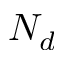
N _ { d }